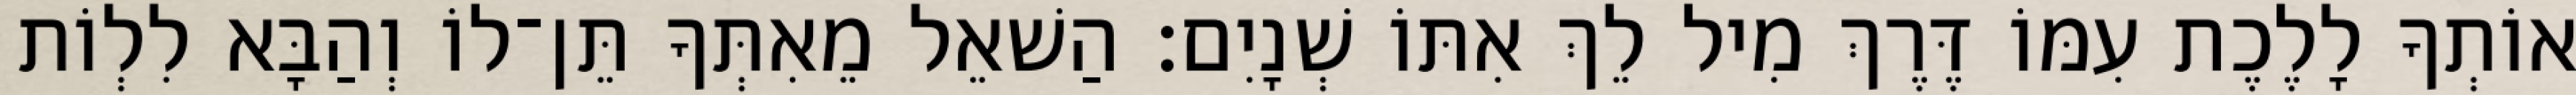
אוֹתְךָ לָלֶכֶת עִמּוֹ דֶּרֶךְ מִיל לֵךְ אִתּוֹ שְׁנָיִם׃ הַשׁאֵל מֵאִתְּךָ תֵּן־לוֹ וְהַבָּא לִלְוֹת